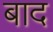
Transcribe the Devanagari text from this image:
बाद